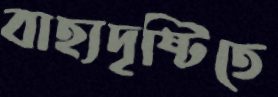
বাহ্যদৃষ্টিতে